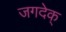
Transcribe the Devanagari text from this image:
जगदेक्